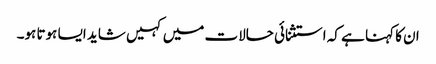
ان کا کہنا ہے کہ استثنائی حالات میں کہیں شاید ایسا ہوتا ہو۔